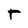
Character: r